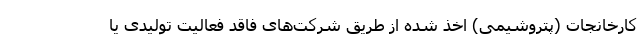
کارخانجات (پتروشیمی) اخذ شده از طریق شرکت‌های فاقد فعالیت تولیدی یا